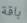
باقة